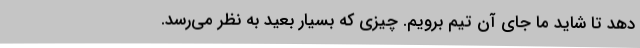
دهد تا شاید ما جای آن تیم برویم. چیزی که بسیار بعید به نظر می‌رسد.